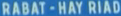
RABAT-HAY-RADDA